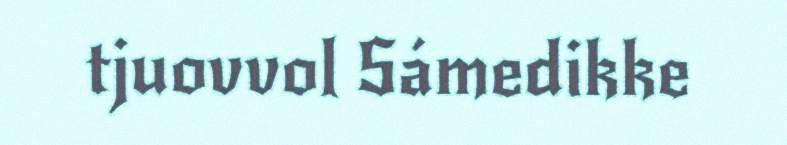
tjuovvol Sámedikke